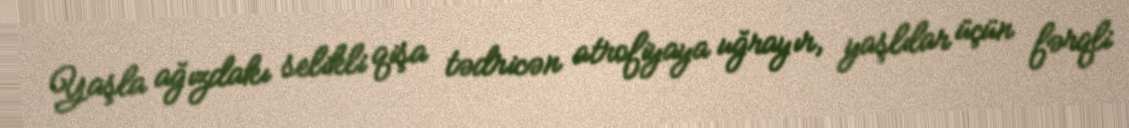
Yaşla ağızdakı selikli qişa tədricən atrofiyaya uğrayır, yaşlılar üçün fərqli